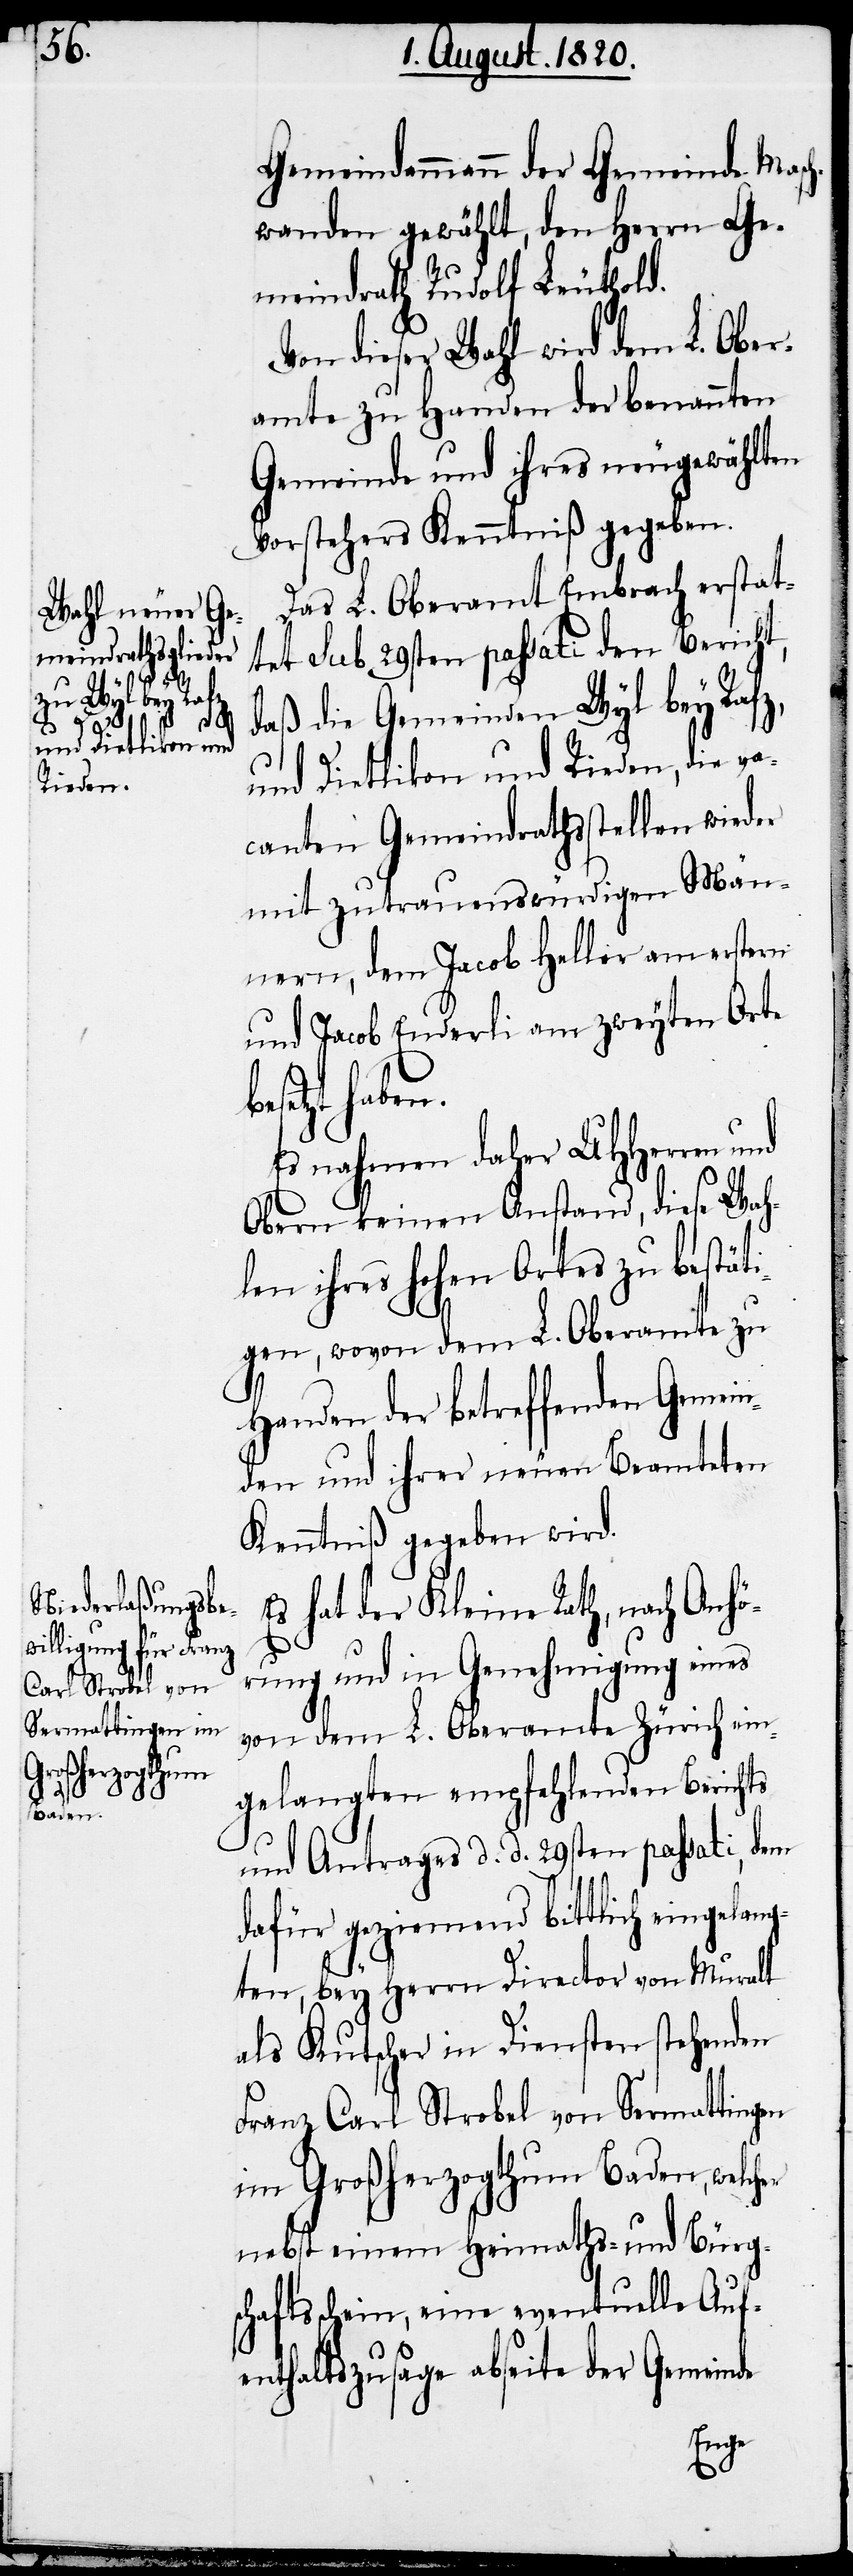
er
z,

Gemeindammann der Gemeinde Masc¬
hwanden gewählt, den Herrn Ge¬
meindrath Rudolf Leuthold.
Von dieser Wahl wird dem L. Ober¬
amte zu Handen der benannten
Gemeinde und ihres neugewählten
Vorstehers Kenntniß gegeben.
Das L. Oberamt Embrach erstat¬
tet sub 29sten passati den Bericht,
daß die Gemeinden Wyl bey Raf¬
und Dietlikon und Rieden, die va¬
canten Gemeindrathsstellen wieder
mit zutrauenswürdigen Män¬
nern, dem Jacob Heller am erstern
und Jacob Enderli am zweyten Orte
esetzt haben.
Es nehmen daher UHHerren und
Obern keinen Anstand, diese Wah¬
len ihres hohen Ortes zu bestät¬
igen, wovon dem L. Oberamte zu
Handen der betreffenden Gemein¬
den und ihrer neuen Beamteten
Kenntniß gegeben wird.
Es hat der Kleine Rath, nach Anhö¬
rung und in Genehmigung eines
von dem L. Oberamte Zürich ein¬
gelangten empfehlenden Berichts
und Antrages d. d. 29sten passati, dem
dafür geziemend bittlich eingelan¬
gten, bey Herrn Director von Muralt
als Kutscher in Diensten stehenden
Franz Carl Strobel von Sermattingen
im Großherzogthum Baden, welch¬
nebst einem Heimats- und Bürg¬
schaftsschein, eine eventuelle Auf¬
enthaltszusage abseite der Gemeinde